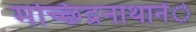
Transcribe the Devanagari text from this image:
मच्छिंद्रनाथानेेंे